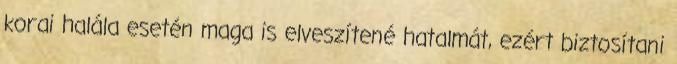
korai halála esetén maga is elveszítené hatalmát, ezért biztosítani